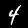
Digit: 4